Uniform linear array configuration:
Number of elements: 12
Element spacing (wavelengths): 0.75
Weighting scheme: uniform
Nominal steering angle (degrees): -30
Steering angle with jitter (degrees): -28.308
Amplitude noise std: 0.05
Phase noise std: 0.05

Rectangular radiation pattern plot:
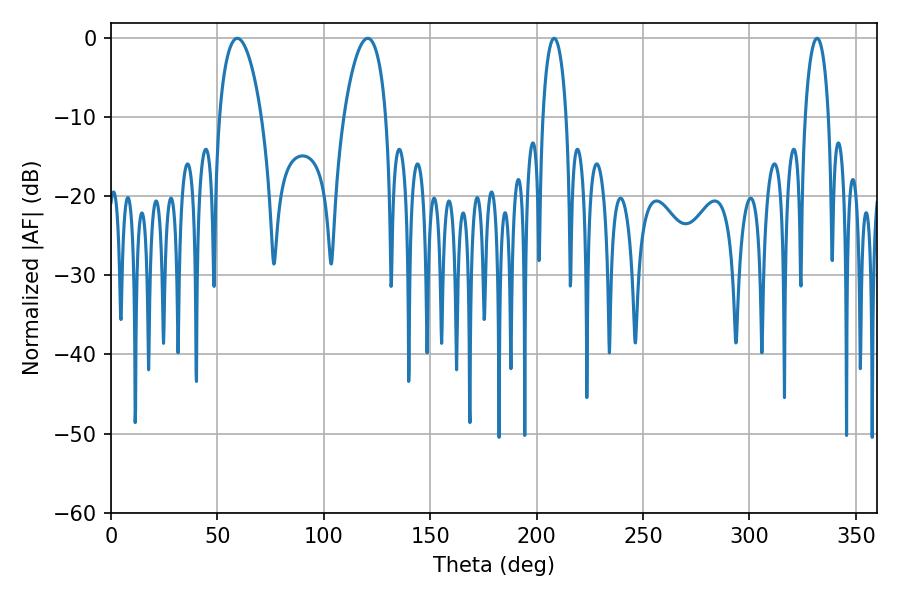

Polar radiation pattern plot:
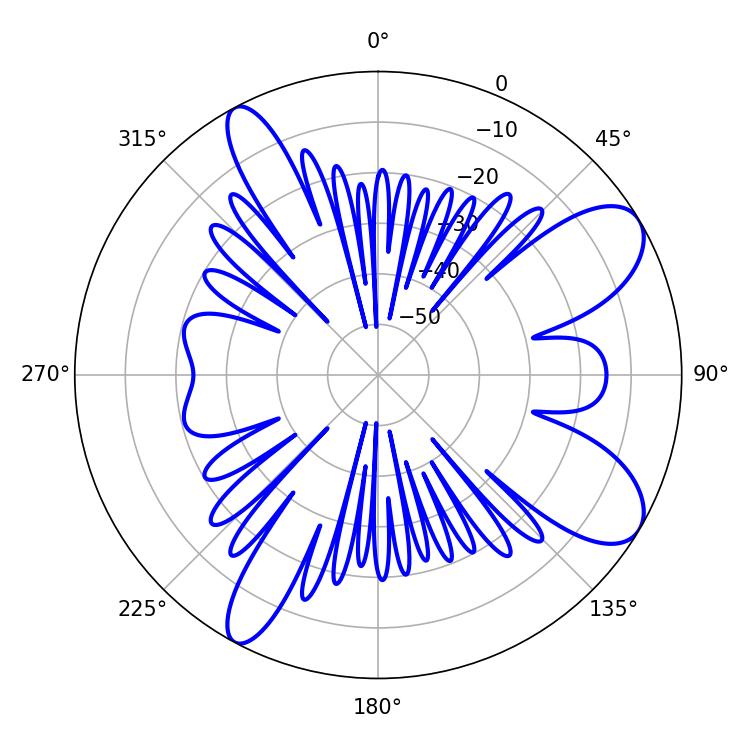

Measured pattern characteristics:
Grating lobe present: TRUE
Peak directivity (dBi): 9.074
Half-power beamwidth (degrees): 11.16
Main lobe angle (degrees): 59.4